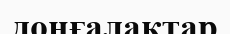
доңғалақтар